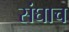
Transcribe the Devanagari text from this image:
संघाच